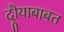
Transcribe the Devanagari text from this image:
दौर्‍याबाबत